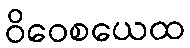
ဝိဝေစယေထ